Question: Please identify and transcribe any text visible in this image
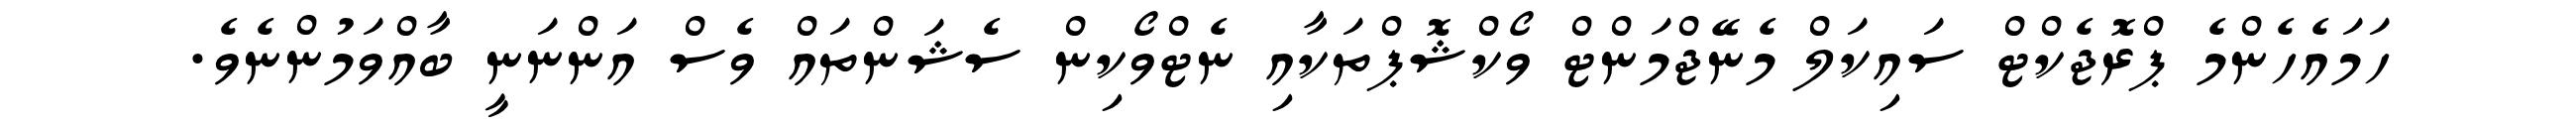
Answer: ހަމައެހެންމެ ޕްރޮޖެކްޓް ސައިކަލް މެނޭޖްމަންޓް ވޯކްޝޮޕްތަކާއި ނެޓްވޯކިން ސެޝަންތައް ވެސް އަންނަނީ ބާއްވަމުންނެވެ.